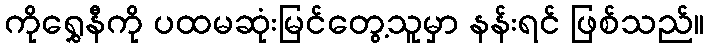
ကိုရွှေနီကို ပထမဆုံးမြင်တွေ့သူမှာ နန်းရင် ဖြစ်သည်။